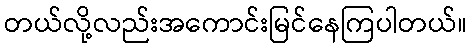
တယ်လို့လည်းအကောင်းမြင်နေကြပါတယ်။